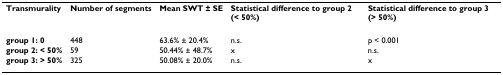
<table><thead><tr><td><b>Transmurality</b></td><td><b>Number of segments</b></td><td><b>Mean SWT ± SE</b></td><td><b>Statistical difference to group 2 (&lt; 50%)</b></td><td><b>Statistical difference to group 3 (&gt; 50%)</b></td></tr></thead><tbody><tr><td><b>group 1: 0</b></td><td>448</td><td>63.6% ± 20.4%</td><td>n.s.</td><td>p &lt; 0.001</td></tr><tr><td><b>group 2: &lt; 50%</b></td><td>59</td><td>50.44% ± 48.7%</td><td>x</td><td>n.s.</td></tr><tr><td><b>group 3: &gt; 50%</b></td><td>325</td><td>50.08% ± 20.0%</td><td>n.s.</td><td>x</td></tr></tbody></table>